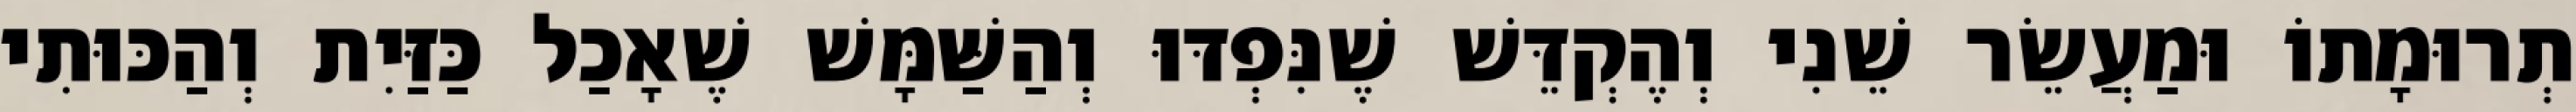
תְרוּמָתוֹ וּמַעֲשֵׂר שֵׁנִי וְהֶקְדֵּשׁ שֶׁנִּפְדּוּ וְהַשַּׁמָּשׁ שֶׁאָכַל כַּזַּיִת וְהַכּוּתִי